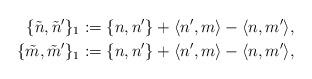
LaTeX: \begin{align*}\{\tilde n, \tilde n'\}_1&:=\{n, n'\} + \langle n',m\rangle - \langle n, m'\rangle,\\\{\tilde m, \tilde m'\}_1&:=\{n, n'\} + \langle n',m\rangle - \langle n, m'\rangle,\end{align*}